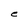
Character: e